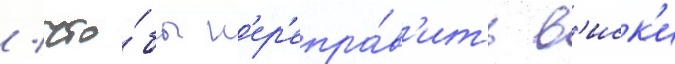
/ что́бы п'ер'епра́в'ить в'иск'и